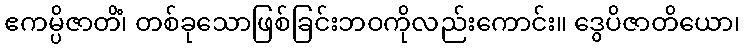
ဧကမ္ပိဇာတိံ၊ တစ်ခုသောဖြစ်ခြင်းဘဝကိုလည်းကောင်း။ ဒွေပိဇာတိယော၊